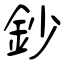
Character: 鈔